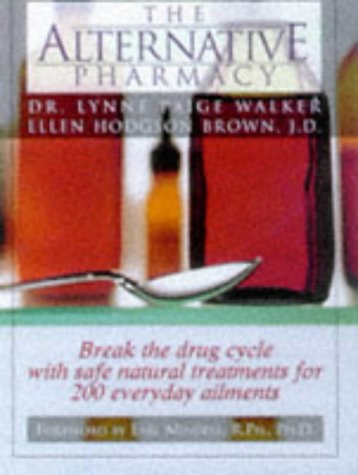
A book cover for The ALTERNATIVE PHARMACY; Ellen Brown; Medical Books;